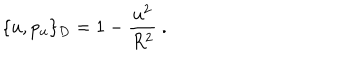
\{ u , p _ { u } \} _ { D } = 1 - \frac { u ^ { 2 } } { R ^ { 2 } } \ .